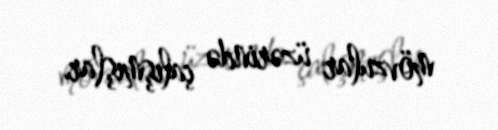
mövzular üzərində çalışmışlar.